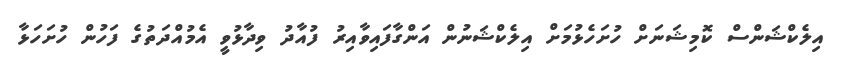
އިލެކްޝަންސް ކޮމިޝަނަށް ހުށަހެޅުމަށް އިލެކްޝަނުން އަންގާފައިވާއިރު ފުއާދު ވިދާޅުވީ އެމުއްދަތުގެ ފަހުން ހުށަހަޅާ